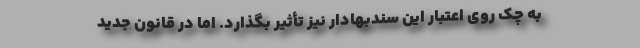
به چک روی اعتبار این سندبهادار نیز تأثیر بگذارد. اما در قانون جدید